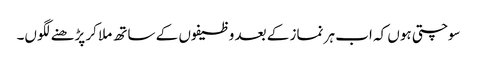
سوچتی ہوں کہ اب ہر نماز کے بعد وظیفوں کے ساتھ ملا کر پڑھنے لگوں۔